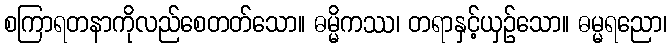
စကြာရတနာကိုလည်စေတတ်သော။ ဓမ္မိကဿ၊ တရာနှင့်ယှဉ်သော။ ဓမ္မရညော၊